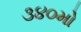
૩૪૦મો